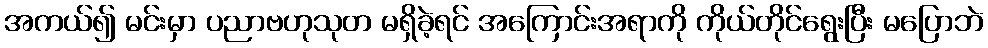
အကယ်၍ မင်းမှာ ပညာဗဟုသုတ မရှိခဲ့ရင် အကြောင်းအရာကို ကိုယ်တိုင်ရွေးပြီး မပြောဘဲ